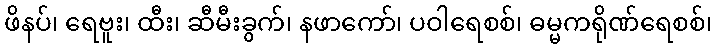
ဖိနပ်၊ ရေဗူး၊ ထီး၊ ဆီမီးခွက်၊ နဖာကော်၊ ပဝါရေစစ်၊ ဓမ္မကရိုဏ်ရေစစ်၊